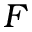
F